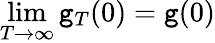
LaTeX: \operatorname*{lim}_{T\to\infty}\mathtt{g}_{T}(0)=\mathtt{g}(0)